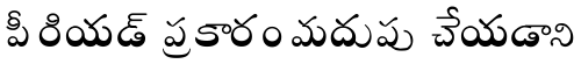
పీరియడ్ ప్రకారం మదుపు చేయడాని